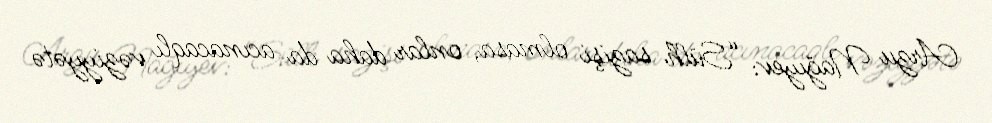
Arzu Nağıyev: “Sülh sazişi olmasa, onlar daha da acınacaqlı vəziyyətə